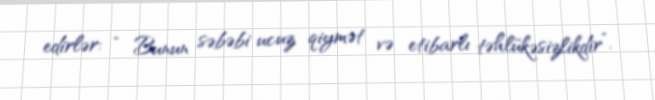
edirlər: “ Bunun səbəbi ucuz qiymət və etibarlı təhlükəsizlikdir”.